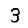
Digit: 3